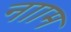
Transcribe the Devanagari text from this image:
नााम